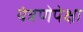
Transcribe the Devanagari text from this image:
यंत्रणेपेक्षा